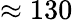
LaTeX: \approx 130